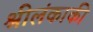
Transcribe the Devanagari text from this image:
श्रीलंकाकी